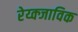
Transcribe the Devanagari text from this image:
रेय्क्जाविक